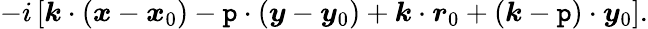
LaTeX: -i\left[\boldsymbol{k}\cdot(\boldsymbol{x}-\boldsymbol{x}_{0})-\boldsymbol{\mathtt{p}}\cdot(\boldsymbol{y}-\boldsymbol{y}_{0})+\boldsymbol{k}\cdot\boldsymbol{r}_{0}+(\boldsymbol{k}-\boldsymbol{\mathtt{p}})\cdot\boldsymbol{y}_{0}\right].